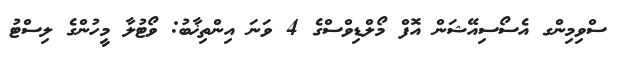
ސްވިމިންގ އެސޯސިއޭޝަން އޮފް މޯލްޑިވްސްގެ 4 ވަނަ އިންތިޚާބު: ވޯޓުލާ މީހުންގެ ލިސްޓު